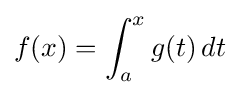
f(x)=\int _{a}^{x}g(t)\,dt